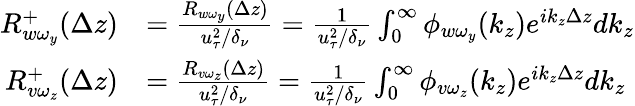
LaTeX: \begin{array}{rl}{R_{w\omega_{y}}^{+}(\Delta z)}&{=\frac{R_{w\omega_{y}}(\Delta z)}{u_{\tau}^{2}/\delta_{\nu}}=\frac{1}{u_{\tau}^{2}/\delta_{\nu}}\int_{0}^{\infty}\phi_{w\omega_{y}}(k_{z})e^{ik_{z}\Delta z}dk_{z}}\\ {R_{v\omega_{z}}^{+}(\Delta z)}&{=\frac{R_{v\omega_{z}}(\Delta z)}{u_{\tau}^{2}/\delta_{\nu}}=\frac{1}{u_{\tau}^{2}/\delta_{\nu}}\int_{0}^{\infty}\phi_{v\omega_{z}}(k_{z})e^{ik_{z}\Delta z}dk_{z}}\end{array}